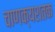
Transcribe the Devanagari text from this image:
चाणक्यशतक